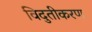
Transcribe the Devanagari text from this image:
विदुतीकरण